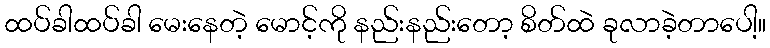
ထပ်ခါထပ်ခါ မေးနေတဲ့ မောင့်ကို နည်းနည်းတော့ စိတ်ထဲ ခုလာခဲ့တာပေါ့။